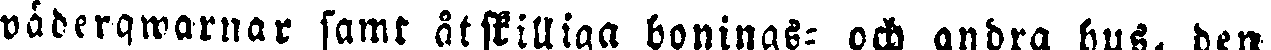
väderqwarnar samt åtskilliga bonings- och andra hus, den